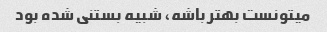
میتونست بهتر باشه، شبیه بستنی شده بود